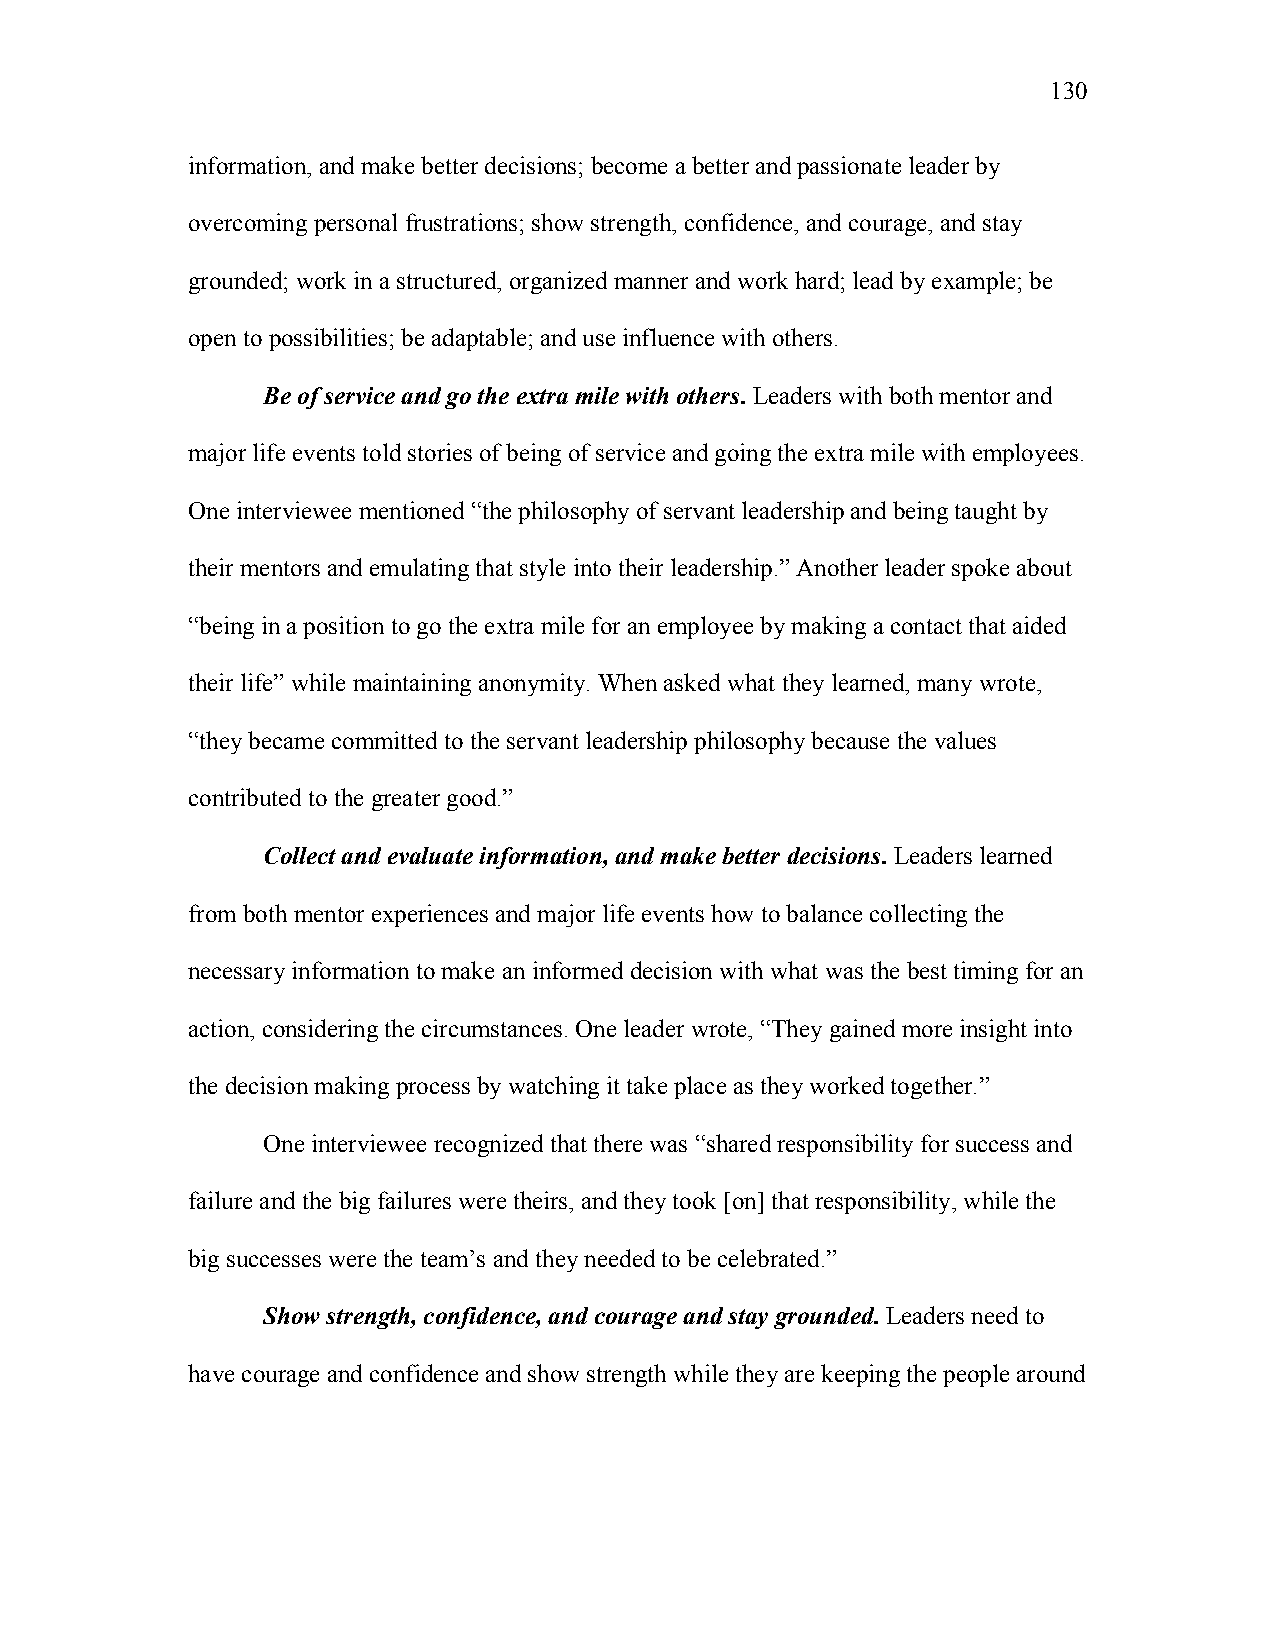
130
 information, and make better decisions; become a better and passionate leader by
 overcoming personal frustrations; show strength, confidence, and courage, and stay
 grounded; work in a structured, organized manner and work hard; lead by example; be
 open to possibilities; be adaptable; and use influence with others.
 Be of service and go the extra mile with others. Leaders with both mentor and
 major life events told stories of being of service and going the extra mile with employees.
 One interviewee mentioned “the philosophy of servant leadership and being taught by
 their mentors and emulating that style into their leadership.” Another leader spoke about
 “being in a position to go the extra mile for an employee by making a contact that aided
 their life” while maintaining anonymity. When asked what they learned, many wrote,
 “they became committed to the servant leadership philosophy because the values
 contributed to the greater good.”
 Collect and evaluate information, and make better decisions. Leaders learned
 from both mentor experiences and major life events how to balance collecting the
 necessary information to make an informed decision with what was the best timing for an
 action, considering the circumstances. One leader wrote, “They gained more insight into
 the decision making process by watching it take place as they worked together.”
 One interviewee recognized that there was “shared responsibility for success and
 failure and the big failures were theirs, and they took [on] that responsibility, while the
 big successes were the team’s and they needed to be celebrated.”
 Show strength, confidence, and courage and stay grounded. Leaders need to
 have courage and confidence and show strength while they are keeping the people around